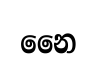
නෛ